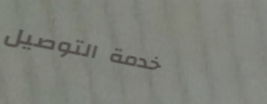
خدمة التوصيل